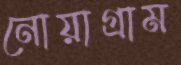
নোয়াগ্রাম